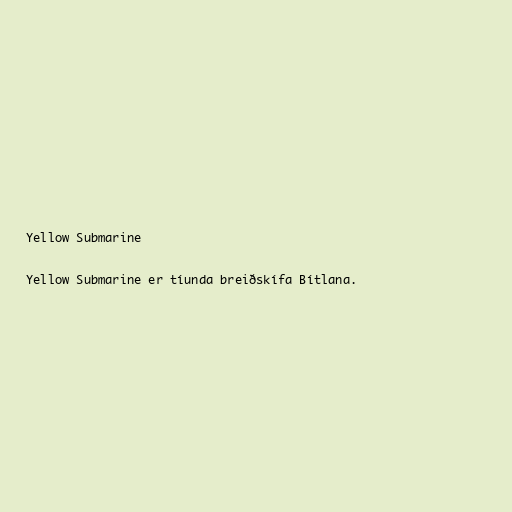
Yellow Submarine

Yellow Submarine er tíunda breiðskífa Bítlana.